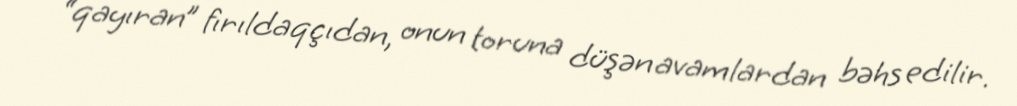
“qayıran” fırıldaqçıdan, onun toruna düşən avamlardan bəhs edilir.